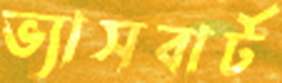
ভ্যাসবার্ট